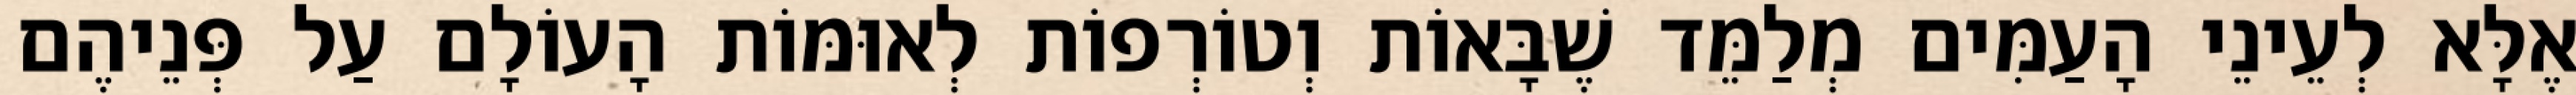
אֶלָּא לְעֵינֵי הָעַמִּים מְלַמֵּד שֶׁבָּאוֹת וְטוֹרְפוֹת לְאוּמּוֹת הָעוֹלָם עַל פְּנֵיהֶם